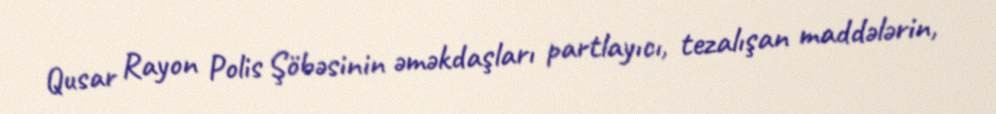
Qusar Rayon Polis Şöbəsinin əməkdaşları partlayıcı, tezalışan maddələrin,